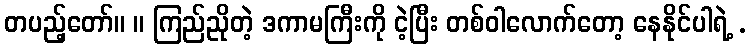
တပည့်တော်။ ။ ကြည်ညိုတဲ့ ဒကာမကြီးကို ငဲ့ပြီး တစ်ဝါလောက်တော့ နေနိုင်ပါရဲ့ .